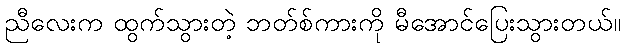
ညီလေးက ထွက်သွားတဲ့ ဘတ်စ်ကားကို မီအောင်ပြေးသွားတယ်။